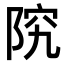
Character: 𫕂